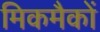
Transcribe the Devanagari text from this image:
मिकमैकों